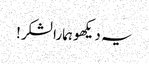
یہ دیکھو ہمارا لشکر!